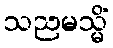
သညမသ္မိံ